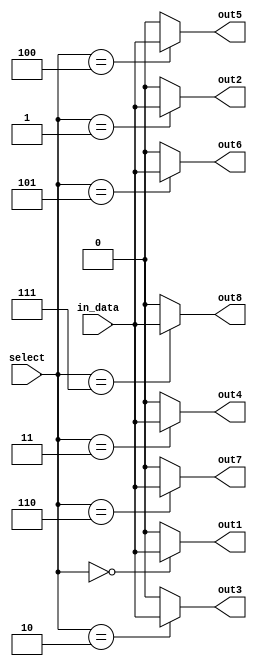
module demux_1to8 (
    input wire [2:0] select,
    input wire in_data,
    output reg out1,
    output reg out2,
    output reg out3,
    output reg out4,
    output reg out5,
    output reg out6,
    output reg out7,
    output reg out8
);

always @(*)
begin
    out1 = (select == 3'b000) ? in_data : 1'b0;
    out2 = (select == 3'b001) ? in_data : 1'b0;
    out3 = (select == 3'b010) ? in_data : 1'b0;
    out4 = (select == 3'b011) ? in_data : 1'b0;
    out5 = (select == 3'b100) ? in_data : 1'b0;
    out6 = (select == 3'b101) ? in_data : 1'b0;
    out7 = (select == 3'b110) ? in_data : 1'b0;
    out8 = (select == 3'b111) ? in_data : 1'b0;
end

endmodule